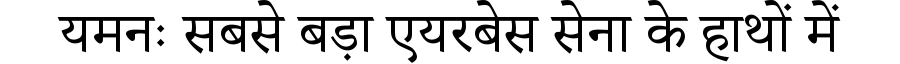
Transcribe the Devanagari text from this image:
यमनः सबसे बड़ा एयरबेस सेना के हाथों में